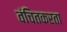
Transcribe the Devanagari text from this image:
वंचितकरता